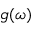
g ( \omega )